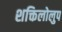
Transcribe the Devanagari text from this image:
शक्तिलोलुप